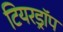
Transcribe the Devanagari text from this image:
टियरड्रॉप